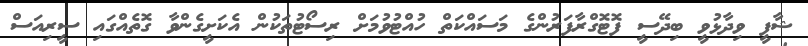
ޝާފީ ވިދާޅުވީ ބިދޭސީ ފޮޓޮގްރާފަރުންގެ މަސައްކަތް ހުއްޓުވުމަށް ރިސޯޓުތަކުން އެކަށީގެންވާ ގޮތެއްގައި ސީރިއަސް